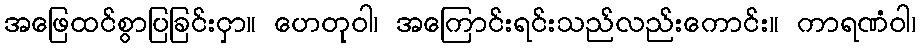
အဖြေထင်စွာပြခြင်းငှာ။ ဟေတုဝါ၊ အကြောင်းရင်းသည်လည်းကောင်း။ ကာရဏံဝါ၊